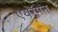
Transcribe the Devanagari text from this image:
एयरमेंन